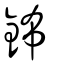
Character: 鈽